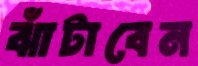
ঝাঁটাবেন